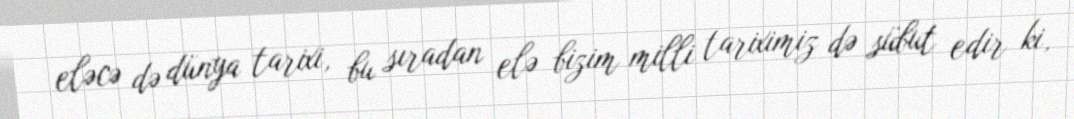
eləcə də dünya tarixi, bu sıradan elə bizim milli tariximiz də sübut edir ki,